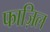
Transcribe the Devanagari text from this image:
फाज़िल